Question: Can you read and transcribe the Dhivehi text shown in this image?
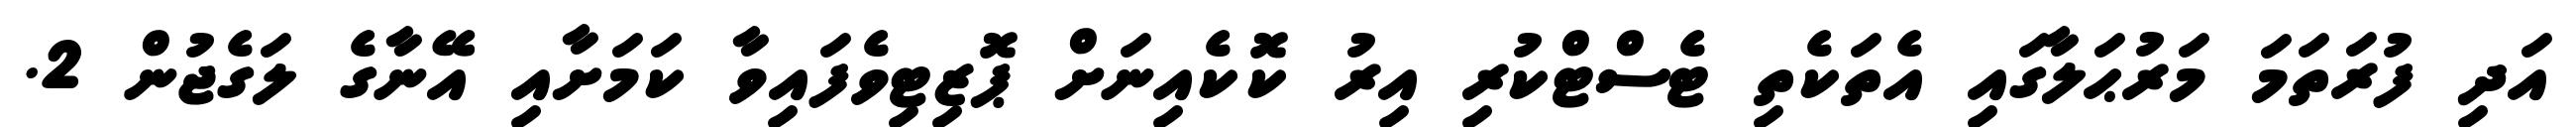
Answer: އަދި ފުރަތަމަ މަރުޙަލާގައި އެތަކެތި ޓެސްޓްކުރި އިރު ކޮކެއިނަށް ޕޮޒިޓިވެފައިވާ ކަމަށާއި އޭނާގެ ލަގެޖުން 2.